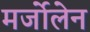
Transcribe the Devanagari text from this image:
मर्जोलेन